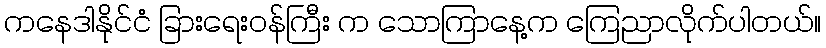
ကနေဒါနိုင်ငံ ခြားရေးဝန်ကြီး က သောကြာနေ့က ကြေညာလိုက်ပါတယ်။